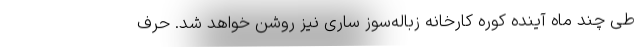
طی چند ماه آینده کوره کارخانه زباله‌سوز ساری نیز روشن خواهد شد. حرف